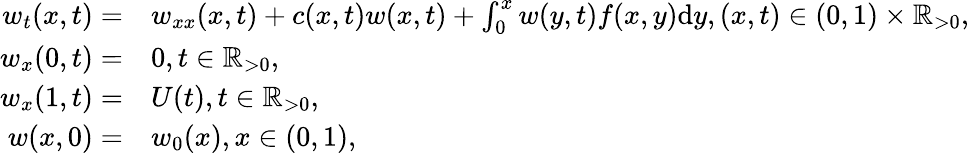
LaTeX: \begin{array}{rl}{w_{t}(x,t)=}&{w_{xx}(x,t)+c(x,t)w(x,t)+\int_{0}^{x}w(y,t)f(x,y)\mathrm{d}y,(x,t)\in(0,1)\times{\mathbb{R}_{>0}},}\\ {w_{x}(0,t)=}&{0,t\in{\mathbb{R}_{>0}},}\\ {w_{x}(1,t)=}&{U(t),t\in{\mathbb{R}_{>0}},}\\ {w(x,0)=}&{w_{0}(x),x\in(0,1),}\end{array}